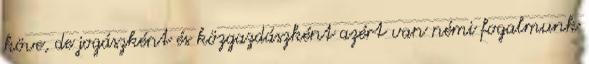
köve, de jogászként és közgazdászként azért van némi fogalmunk